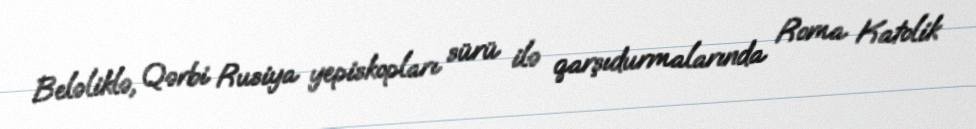
Beləliklə, Qərbi Rusiya yepiskopları sürü ilə qarşıdurmalarında Roma Katolik